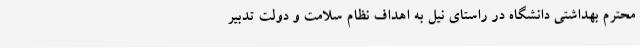
محترم بهداشتی دانشگاه در راستای نیل به اهداف نظام سلامت و دولت تدبیر